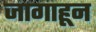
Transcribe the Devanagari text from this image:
जागाहून